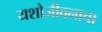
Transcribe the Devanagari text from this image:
यशोजीवनाचा